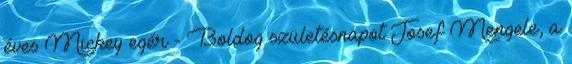
éves Mickey egér - Boldog születésnapot Josef Mengele, a